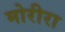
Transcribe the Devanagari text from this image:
मोरीरा